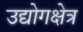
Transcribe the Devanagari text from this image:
उद्योगक्षेत्र